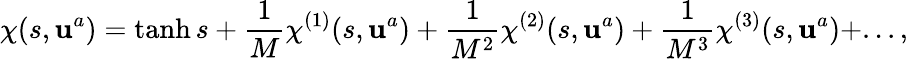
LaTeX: \chi(s,\mathbf{u}^{a})=\operatorname{tanh}s+\frac{{1}}{{M}}\chi^{(1)}(s,\mathbf{u}^{a})+\frac{{1}}{{M^{2}}}\chi^{(2)}(s,\mathbf{u}^{a})+\frac{{1}}{{M^{3}}}\chi^{(3)}(s,\mathbf{u}^{a})+...,